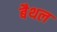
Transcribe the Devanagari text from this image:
बैथल